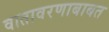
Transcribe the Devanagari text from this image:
वातावरणाबाबत